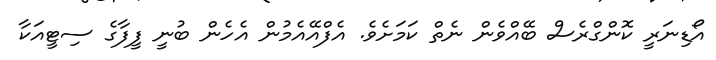
އޯޑިނަރީ ކޮންގްރެސް ބޭއްވެން ނެތް ކަމަށެވެ. އެފްއޭއެމުން އެހެން ބުނީ ފީފާގެ ސިޓީއަކާ